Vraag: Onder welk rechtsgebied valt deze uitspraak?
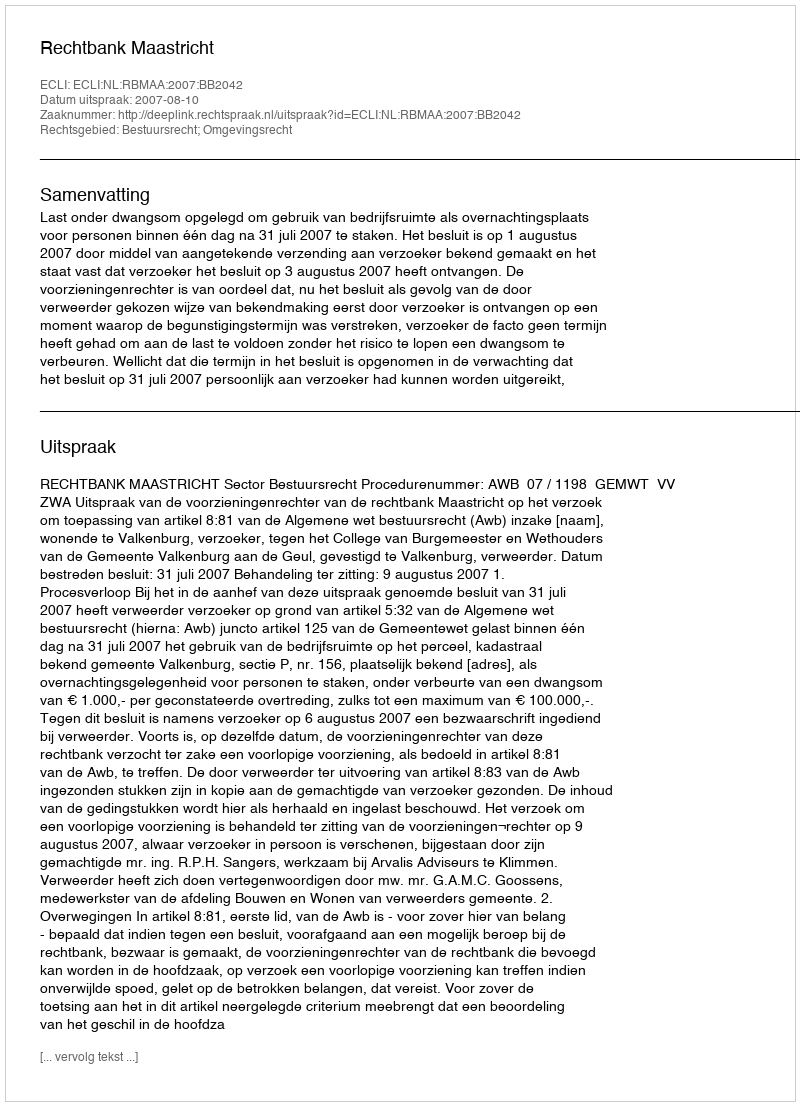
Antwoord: Bestuursrecht; Omgevingsrecht